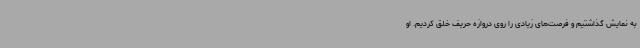
به نمایش گذاشتیم و فرصت‌های زیادی را روی دروازه حریف خلق کردیم. او